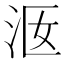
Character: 𣳐